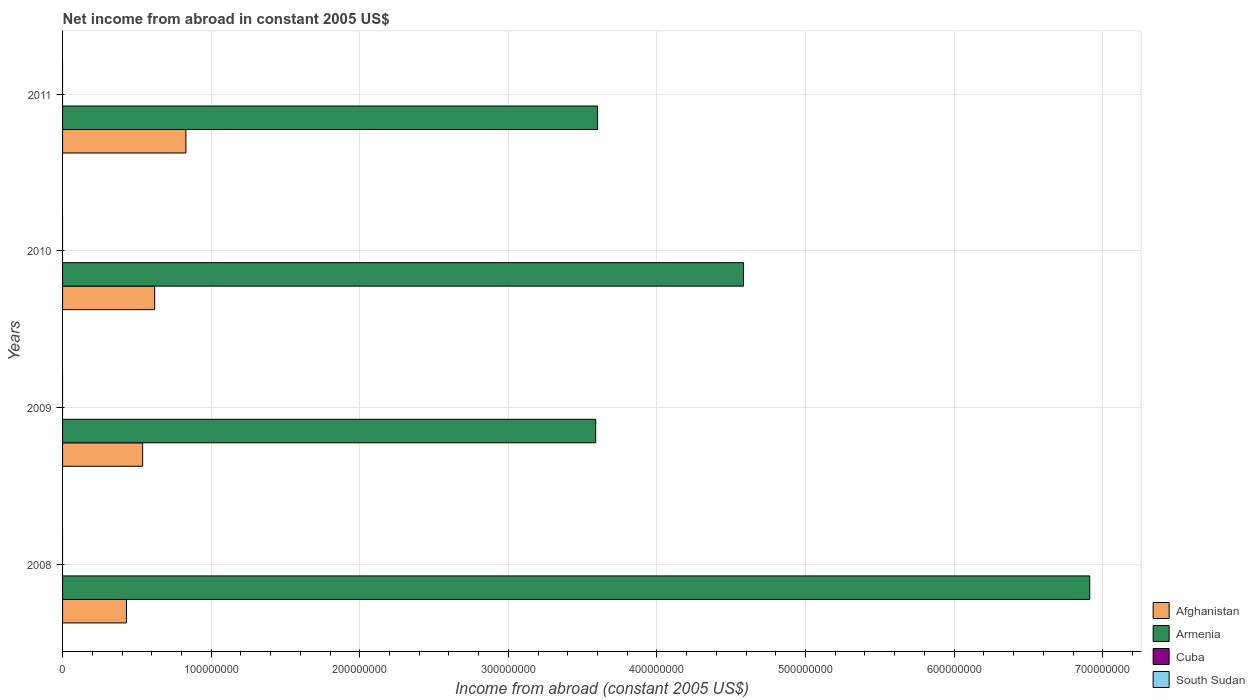
| Years | Afghanistan | Armenia | Cuba | South Sudan |
 | --- | --- | --- | --- | --- |
 | 2008 | 4.3e+07 | 6.91e+08 | -1.06e+09 | -4.59e+09 |
 | 2009 | 5.39e+07 | 3.59e+08 | -1.64e+09 | -3.36e+09 |
 | 2010 | 6.2e+07 | 4.58e+08 | -1.43e+09 | -4.69e+09 |
 | 2011 | 8.3e+07 | 3.6e+08 | -1.06e+09 | -6.36e+09 |